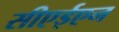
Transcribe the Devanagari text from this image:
सीएईएन